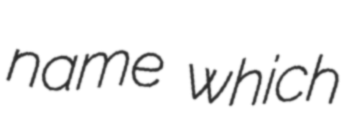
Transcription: name which